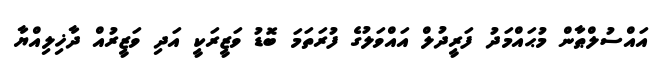
އައްސުލްޠާން މުޙައްމަދު ފަރީދުލް އައްވަލުގެ ފުރަތަމަ ބޮޑު ވަޒީރަކީ އަދި ވަޒީރުއް ދާޚިލިއްޔާ